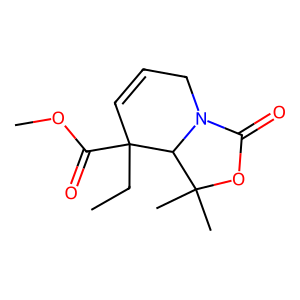
SMILES: CCC1(C(=O)OC)C=CCN2C(=O)OC(C)(C)C21
Inhibits HIV replication: No